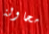
محاولة